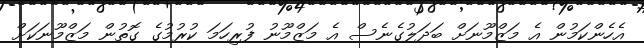
އެހެންކަމުން އެ މަޒްމޫނަށް ބަދަލުގެނެސް އެ މަޒްމޫނު ފުރިހަމަ ކުރުމުގެ ގޮތުން މަޒްމޫނަކަށް